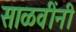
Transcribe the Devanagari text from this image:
साळवींनी